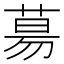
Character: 𦳝